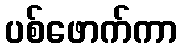
ပစ်ဖောက်ကာ